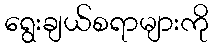
ရွေးချယ်စရာများကို